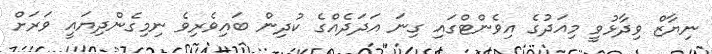
ނިޔާޒް ވިދާޅުވީ މިއަދުގެ އިވެންޓްގައި ގިނަ އަދަދެއްގެ ކުދިން ބައިވެރިވެ ނިމިގެންދިޔައީ ވަރަށް